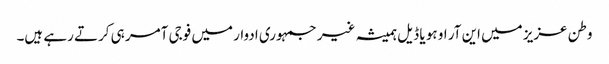
وطن عزیز میں این آر او ہو یا ڈیل ہمیشہ غیر جمہوری ادوار میں فوجی آمر ہی کرتے رہے ہیں۔